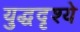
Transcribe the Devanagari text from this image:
युद्धदृश्ये